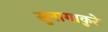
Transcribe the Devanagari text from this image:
सुनागाकुरे